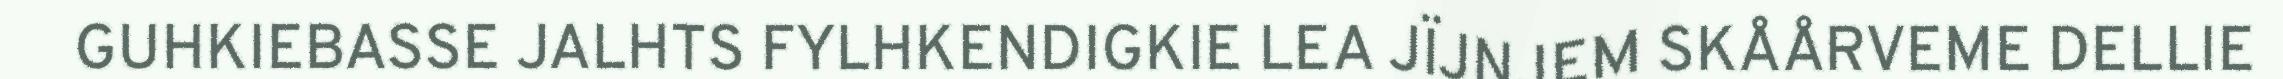
GUHKIEBASSE JALHTS FYLHKENDIGKIE LEA JÏJNJEM SKÅÅRVEME DELLIE